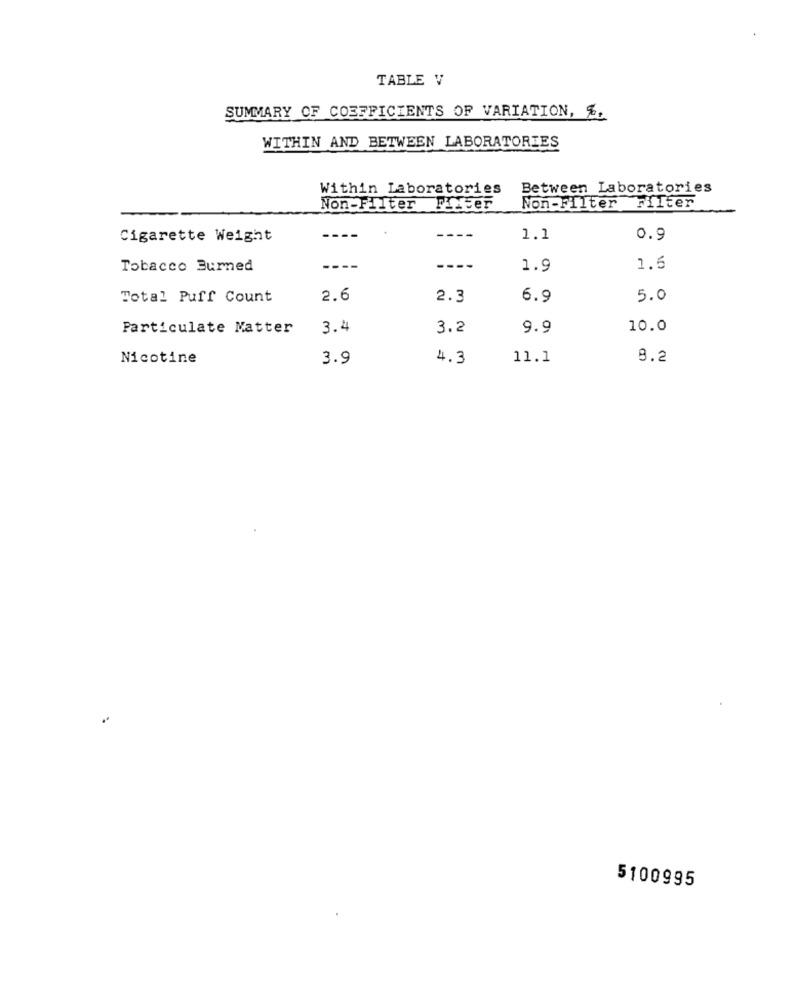
TABLE V
SUMMARY OF COEFFICIENTS OF VARIATION, %.
WITHIN AND BETWEEN LABORATORIES
Within Laboratories
Between Laboratories
Non-Filter Filter
Non-Filter Filter
Cigarette Weight
1.1
0.9
Tobacco Burned
----
----
1.9
1.5
Total Puff Count
2.6
2.3
6.9
5.0
Particulate Matter
3.4
3.2
9.9
10.0
Nicotine
3.9
4.3
11.1
9.2
5100995